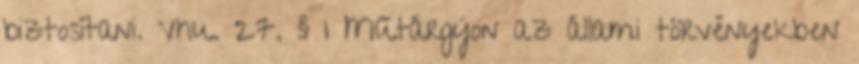
biztosítani. Vhu. 27. § 1 Műtárgyon az állami törvényekben